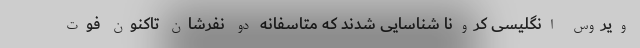
ویروس انگلیسی کرونا شناسایی شدند که متاسفانه دو نفرشان تاکنون فوت